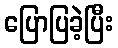
ပြောပြခဲ့ပြီး